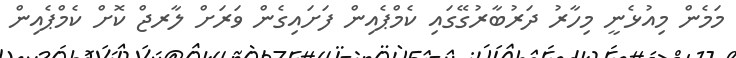
މަމެން މިއުޅެނީ މިހާރު ދަރުބާރުގޭގައި ކެމްޕެއިން ފަށަައިގެން ވަރަށް ލާރޖް ކޮށް ކެމްޕެއިން